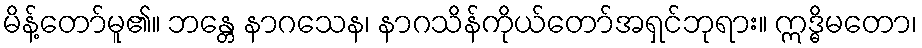
မိန့်တော်မူ၏။ ဘန္တေ နာဂသေန၊ နာဂသိန်ကိုယ်တော်အရှင်ဘုရား။ ဣဒ္ဓိမတော၊